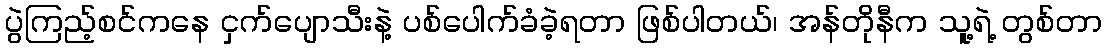
ပွဲကြည့်စင်ကနေ ငှက်ပျောသီးနဲ့ ပစ်ပေါက်ခံခဲ့ရတာ ဖြစ်ပါတယ်၊ အန်တိုနီက သူ့ရဲ့ တွစ်တာ